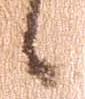
候